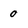
Character: 0